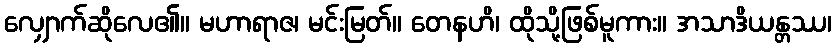
လျှောက်ဆိုလေ၏။ မဟာရာဇ၊ မင်းမြတ်။ တေနဟိ၊ ထိုသို့ဖြစ်မူကား။ အသာဒိယန္တဿ၊